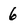
Character: 6